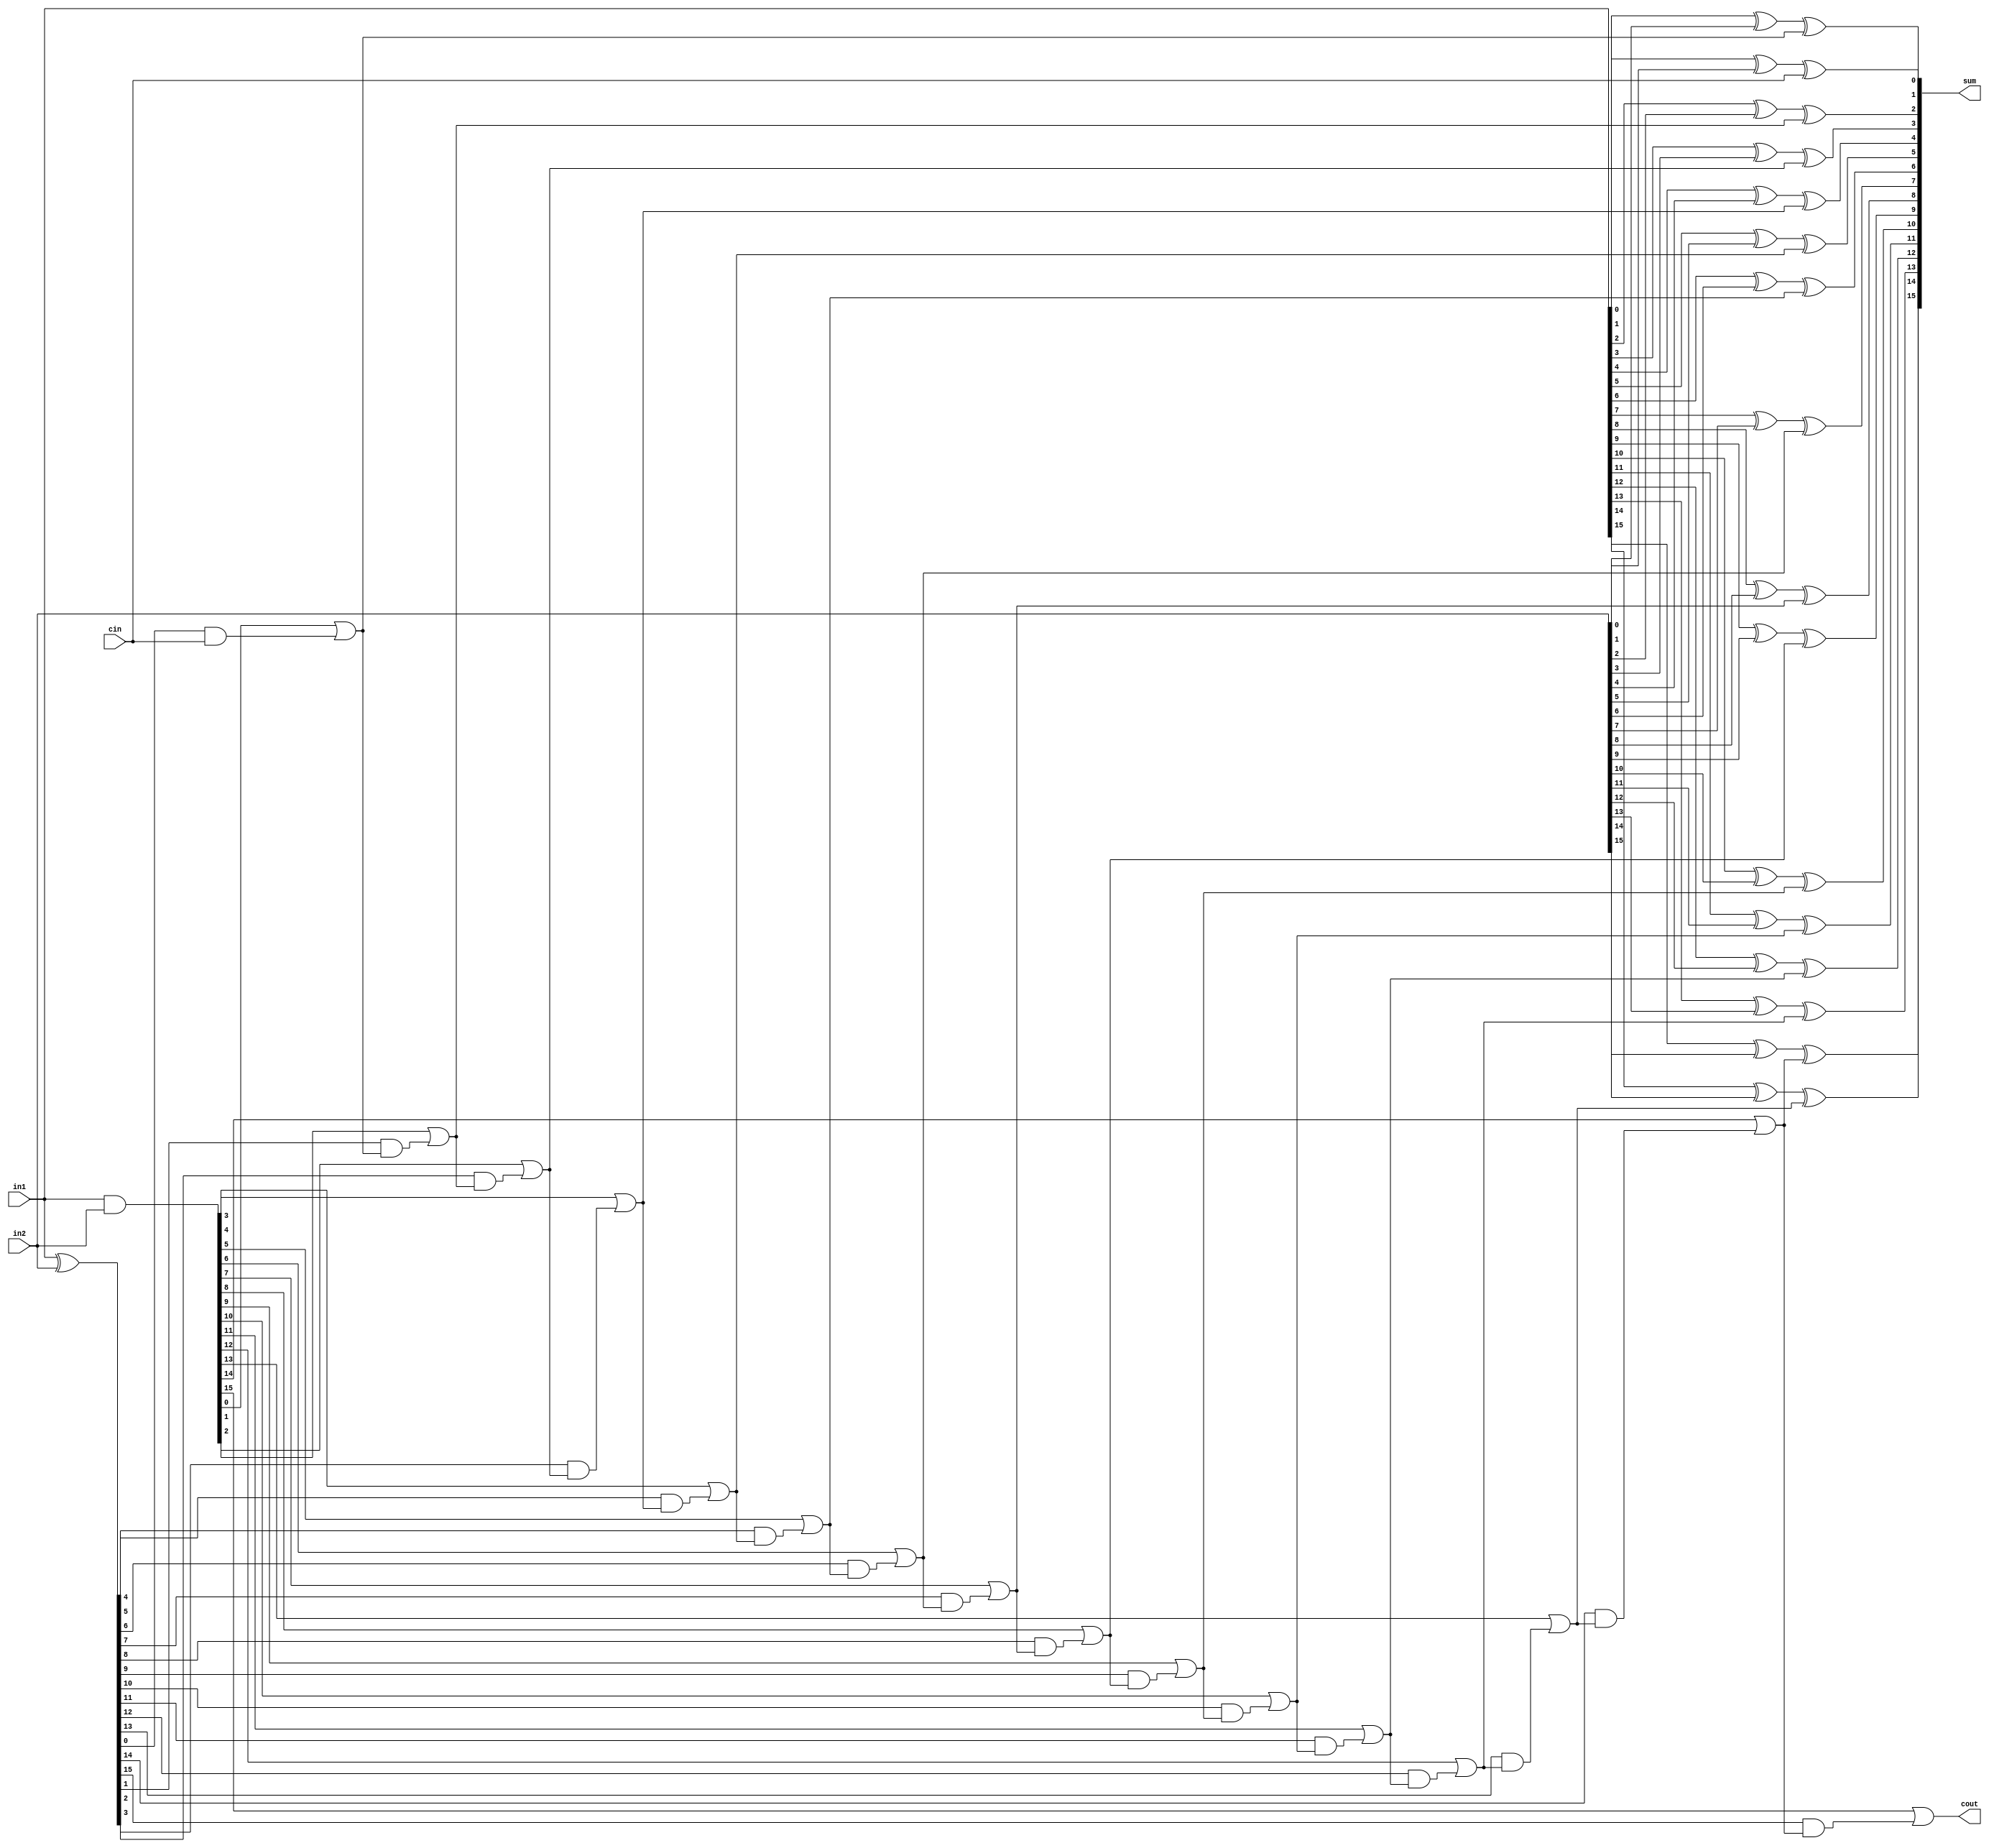
module claAdder(in1,in2,cin,sum,cout);
input[15:0] in1;
input[15:0] in2;
input cin;
output[15:0] sum;
output cout;

wire[15:0] gen;
wire[15:0] prop;
wire[16:0] ctemp;

assign gen=in1 & in2;
assign prop= in1 ^ in2;
assign ctemp[0]=cin;

genvar i,j;
generate
    for(i=0;i<16;i=i+1) 
        begin:carry_gen
            assign ctemp[i+1]=gen[i] | (prop[i] & ctemp[i]);
        end

    assign cout=ctemp[16];

    for(j=0;j<16;j=j+1) 
        begin:sum_withou_carry
            assign sum[j]=in1[j]^in2[j]^ctemp[j];
        end
endgenerate
endmodule